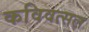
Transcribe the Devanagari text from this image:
कविवत्सल